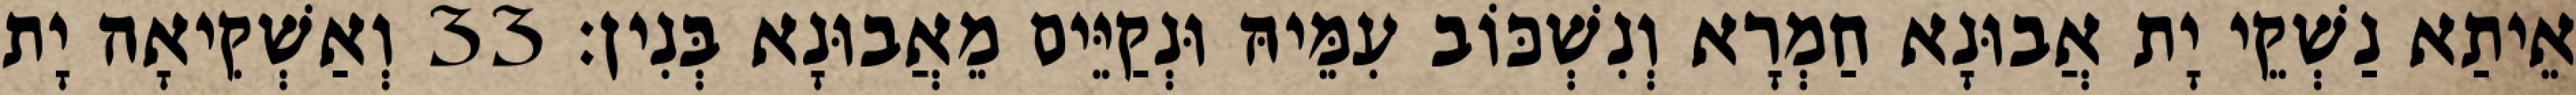
אֵיתַא נַשְׁקֵי יָת אֲבוּנָא חַמְרָא וְנִשְׁכּוֹב עִמֵּיהּ וּנְקַיֵּים מֵאֲבוּנָא בְּנִין׃ 33 וְאַשְׁקִיאָה יָת